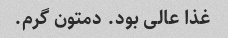
غذا عالی بود. دمتون گرم.